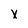
Character: x